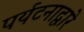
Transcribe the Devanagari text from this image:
पर्यटनाद्वारे